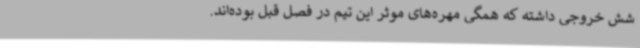
شش خروجی داشته که همگی مهره‌های موثر این تیم در فصل قبل بوده‌اند.